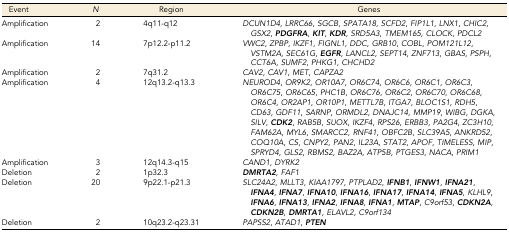
<table><thead><tr><td><b>Event</b></td><td><b><i>N</i></b></td><td><b>Region</b></td><td><b>Genes</b></td></tr></thead><tbody><tr><td>Amplification</td><td>2</td><td>4q11-q12</td><td><i>DCUN1D4</i>, <i>LRRC66</i>, <i>SGCB</i>, <i>SPATA18</i>, <i>SCFD2</i>, <i>FIP1L1</i>, <i>LNX1</i>, <i>CHIC2</i>, <i>GSX2</i>, <b><i>PDGFRA</i></b>, <b><i>KIT</i></b>, <b><i>KDR</i></b>, <i>SRD5A3</i>, <i>TMEM165</i>, <i>CLOCK</i>, <i>PDCL2</i></td></tr><tr><td>Amplification</td><td>14</td><td>7p12.2-p11.2</td><td><i>VWC2</i>, <i>ZPBP</i>, <i>IKZF1</i>, <i>FIGNL1</i>, <i>DDC</i>, <i>GRB10</i>, <i>COBL</i>, <i>POM121L12</i>, <i>VSTM2A</i>, <i>SEC61G</i>, <b><i>EGFR</i></b>, <i>LANCL2</i>, <i>SEPT14</i>, <i>ZNF713</i>, <i>GBAS</i>, <i>PSPH</i>, <i>CCT6A</i>, <i>SUMF2</i>, <i>PHKG1</i>, <i>CHCHD2</i></td></tr><tr><td>Amplification</td><td>2</td><td>7q31.2</td><td><i>CAV2</i>, <i>CAV1</i>, <i>MET</i>, <i>CAPZA2</i></td></tr><tr><td>Amplification</td><td>4</td><td>12q13.2-q13.3</td><td><i>NEUROD4</i>, <i>OR9K2</i>, <i>OR10A7</i>, <i>OR6C74</i>, <i>OR6C6</i>, <i>OR6C1</i>, <i>OR6C3</i>, <i>OR6C75</i>, <i>OR6C65</i>, <i>PHC1B</i>, <i>OR6C76</i>, <i>OR6C2</i>, <i>OR6C70</i>, <i>OR6C68</i>, <i>OR6C4</i>, <i>OR2AP1</i>, <i>OR10P1</i>, <i>METTL7B</i>, <i>ITGA7</i>, <i>BLOC1S1</i>, <i>RDH5</i>, <i>CD63</i>, <i>GDF11</i>, <i>SARNP</i>, <i>ORMDL2</i>, <i>DNAJC14</i>, <i>MMP19</i>, <i>WIBG</i>, <i>DGKA</i>, <i>SILV</i>, <b><i>CDK2</i></b>, <i>RAB5B</i>, <i>SUOX</i>, <i>IKZF4</i>, <i>RPS26</i>, <i>ERBB3</i>, <i>PA2G4</i>, <i>ZC3H10</i>, <i>FAM62A</i>, <i>MYL6</i>, <i>SMARCC2</i>, <i>RNF41</i>, <i>OBFC2B</i>, <i>SLC39A5</i>, <i>ANKRD52</i>, <i>COQ10A</i>, <i>CS</i>, <i>CNPY2</i>, <i>PAN2</i>, <i>IL23A</i>, <i>STAT2</i>, <i>APOF</i>, <i>TIMELESS</i>, <i>MIP</i>, <i>SPRYD4</i>, <i>GLS2</i>, <i>RBMS2</i>, <i>BAZ2A</i>, <i>ATP5B</i>, <i>PTGES3</i>, <i>NACA</i>, <i>PRIM1</i></td></tr><tr><td>Amplification</td><td>3</td><td>12q14.3-q15</td><td><i>CAND1</i>, <i>DYRK2</i></td></tr><tr><td>Deletion</td><td>2</td><td>1p32.3</td><td><b><i>DMRTA2</i></b>, <i>FAF1</i></td></tr><tr><td>Deletion</td><td>20</td><td>9p22.1-p21.3</td><td><i>SLC24A2</i>, <i>MLLT3</i>, <i>KIAA1797</i>, <i>PTPLAD2</i>, <b><i>IFNB1</i></b>, <b><i>IFNW1</i></b>, <b><i>IFNA21</i></b>, <b><i>IFNA4</i></b>, <b><i>IFNA7</i></b>, <b><i>IFNA10</i></b>, <b><i>IFNA16</i></b>, <b><i>IFNA17</i></b>, <b><i>IFNA14</i></b>, <b><i>IFNA5</i></b>, <i>KLHL9</i>, <b><i>IFNA6</i></b>, <b><i>IFNA13</i></b>, <b><i>IFNA2</i></b>, <b><i>IFNA8</i></b>, <b><i>IFNA1</i></b>, <b><i>MTAP</i></b>, <i>C9orf53</i>, <b><i>CDKN2A</i></b>, <b><i>CDKN2B</i></b>, <b><i>DMRTA1</i></b>, <i>ELAVL2</i>, <i>C9orf134</i></td></tr><tr><td>Deletion</td><td>2</td><td>10q23.2-q23.31</td><td><i>PAPSS2</i>, <i>ATAD1</i>, <b><i>PTEN</i></b></td></tr></tbody></table>